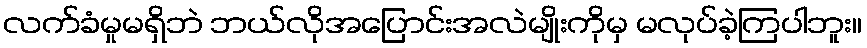
လက်ခံမှုမရှိဘဲ ဘယ်လိုအပြောင်းအလဲမျိုးကိုမှ မလုပ်ခဲ့ကြပါဘူး။